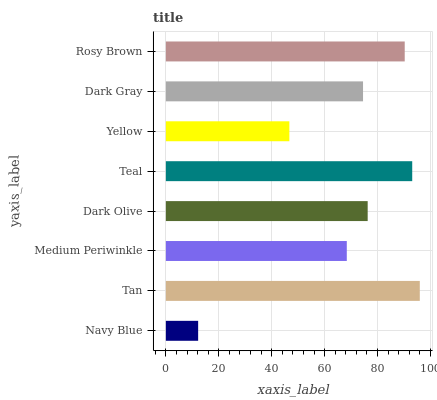
| yaxis_label | bars |
 | --- | --- |
 | Navy Blue | 12.2 |
 | Tan | 96 |
 | Medium Periwinkle | 68.4 |
 | Dark Olive | 76.3 |
 | Teal | 93.1 |
 | Yellow | 46.7 |
 | Dark Gray | 74.5 |
 | Rosy Brown | 90.3 |